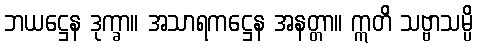
ဘယဋ္ဌေန ဒုက္ခာ။ အသာရကဋ္ဌေန အနတ္တာ။ ဣတိ သဗ္ဗာသမ္ပိ